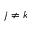
j \neq k